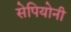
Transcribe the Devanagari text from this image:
सेपियोनी